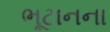
ભૂટાનના